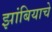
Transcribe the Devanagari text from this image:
झांबियाचे